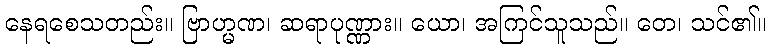
နေရစေသတည်း။ ဗြာဟ္မဏ၊ ဆရာပုဏ္ဏား။ ယော၊ အကြင်သူသည်။ တေ၊ သင်၏။